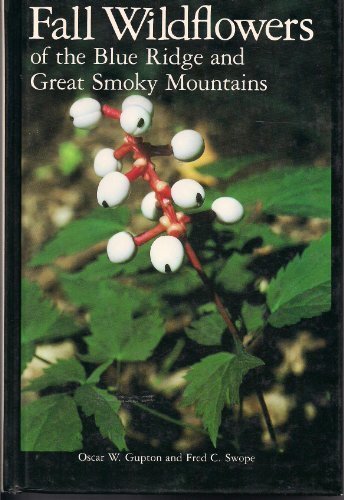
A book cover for Fall Wildflowers of the Blue Ridge and Great Smoky Mountains; Oscar W. Gupton; Crafts, Hobbies & Home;